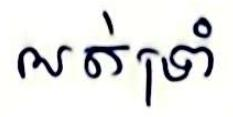
អត់ទ្រាំ